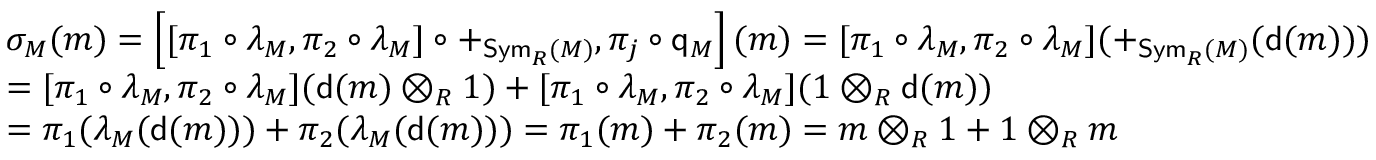
\begin{array} { r l } & { \sigma _ { M } ( m ) = \left[ [ \pi _ { 1 } \circ \lambda _ { M } , \pi _ { 2 } \circ \lambda _ { M } ] \circ + _ { \mathsf { S y m } _ { R } ( M ) } , \pi _ { j } \circ \mathsf { q } _ { M } \right] ( m ) = [ \pi _ { 1 } \circ \lambda _ { M } , \pi _ { 2 } \circ \lambda _ { M } ] ( + _ { \mathsf { S y m } _ { R } ( M ) } ( \mathsf { d } ( m ) ) ) } \\ & { = [ \pi _ { 1 } \circ \lambda _ { M } , \pi _ { 2 } \circ \lambda _ { M } ] ( \mathsf { d } ( m ) \otimes _ { R } 1 ) + [ \pi _ { 1 } \circ \lambda _ { M } , \pi _ { 2 } \circ \lambda _ { M } ] ( 1 \otimes _ { R } \mathsf { d } ( m ) ) } \\ & { = \pi _ { 1 } ( \lambda _ { M } ( \mathsf { d } ( m ) ) ) + \pi _ { 2 } ( \lambda _ { M } ( \mathsf { d } ( m ) ) ) = \pi _ { 1 } ( m ) + \pi _ { 2 } ( m ) = m \otimes _ { R } 1 + 1 \otimes _ { R } m } \end{array}